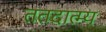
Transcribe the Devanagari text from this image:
ततदात्म्य